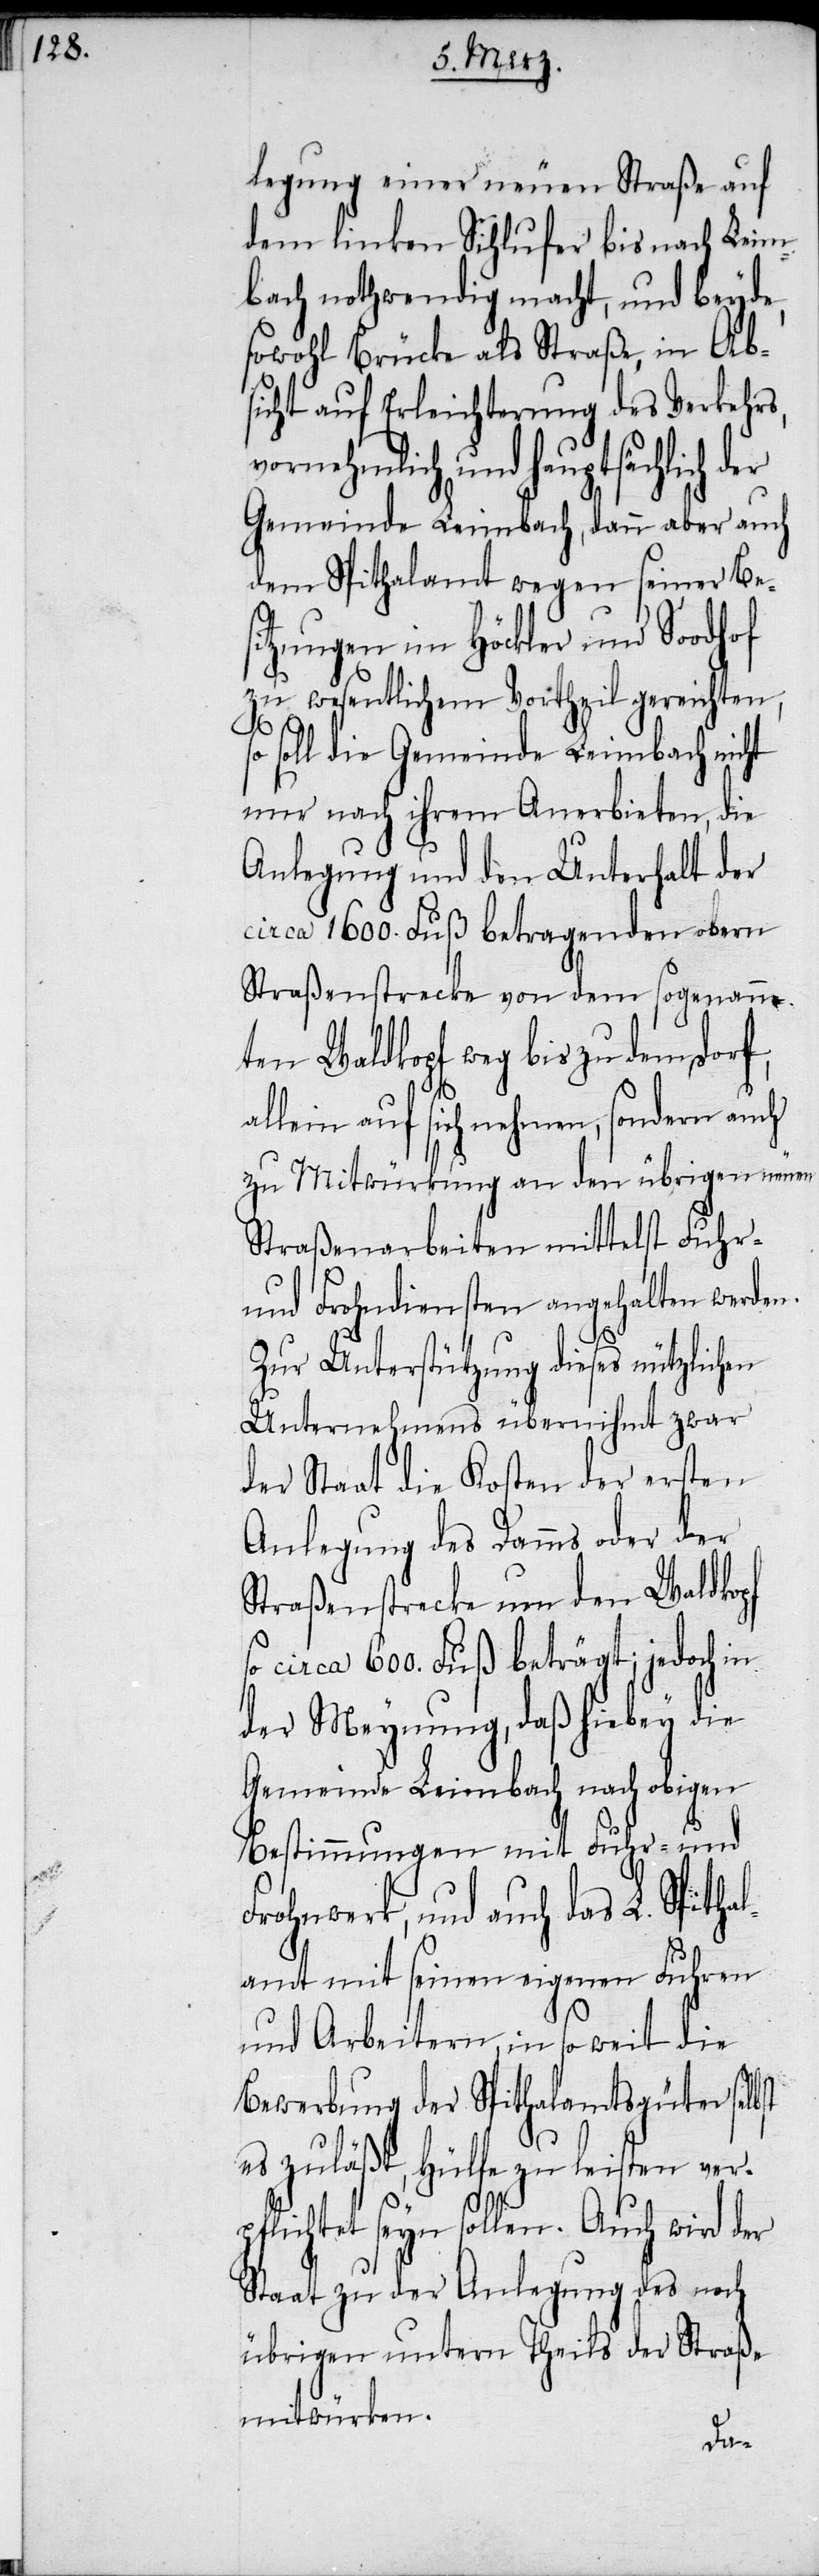
legung einer neuen Straße auf
dem linken Sihlufer bis nach Leim¬
bach nothwendig macht, und beyde,
wohl auf Erleichterung des Verkehrs,
vornehmlich und hauptsächlich
Gemeinde Leimbach, dann aber auch
dem Spithalamt wegen seiner Bes¬
itzungen im Höckler und Soodhof
zu wesentlichem Vortheil gereichten,
soll die Gemeinde Leimbach nicht
nur nach ihrem Anerbieten, die
Anlegung und den Unterhalt der
circa 1600. Fuß betragenden obern
Straßenstrecke von dem sogenann¬
ten Waldkopf weg bis zu dem Dorf,
allein auf sich nehmen, sondern auch
zu Mitwürkung an den übrigen neuen
Straßenarbeiten mittelst Fuhr-
und Frohndiensten angehalten werden.
Zur Unterstützung dieses nützlichen
Unternehmens übernihmt zwar
der Staat die Kosten der ersten
Anlegung des Damms oder der
Straßenstrecke um den Waldkopf
so circa 600. Fuß beträgt; jedoch in
der Meynung, daß hiebey die
Gemeinde Leimbach nach obigen
Bestimmungen mit Fuhr- und
Frohnwerk, und auch das L. Spitha¬
lamt mit seinen eigenen Fuhren
und Arbeiten, in so weit die
Bewerbung der Spithalamtsgüter selbst
es zuläßt, Hülfe zu leisten verp¬
flichtet seyn sollen. Auch wird der
Staat zu der Anlegung des noch
übrigen untern Theils der Straße
mitwürken.
so¬